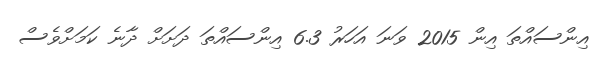
އިންސައްތަ އިން 2015 ވަނަ އަަހަރު 6.3 އިންސައްތަ ދަށަށް ދާނެ ކަމަަށްވެސް